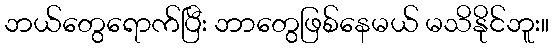
ဘယ်တွေရောက်ပြီး ဘာတွေဖြစ်နေမယ် မသိနိုင်ဘူး။